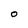
Character: O